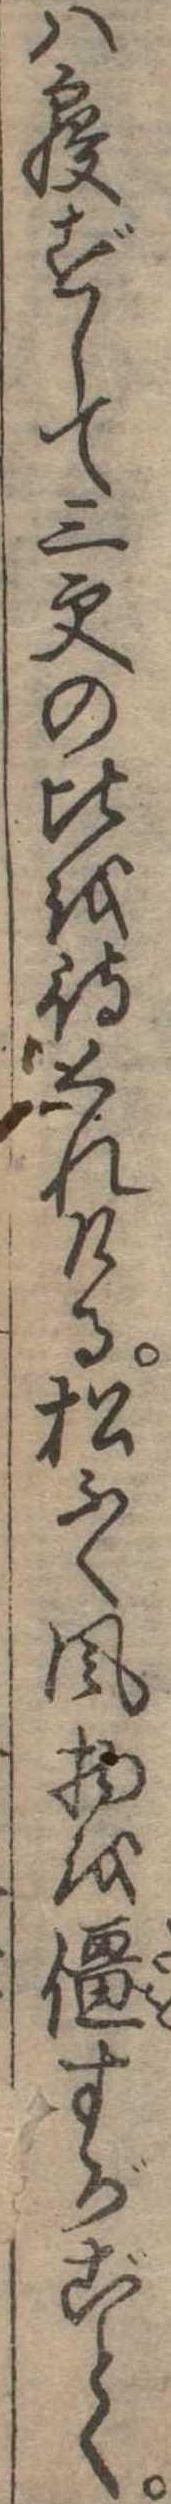
は寝ずして三更の比を待くれける松ふく風物を僵すがごとく